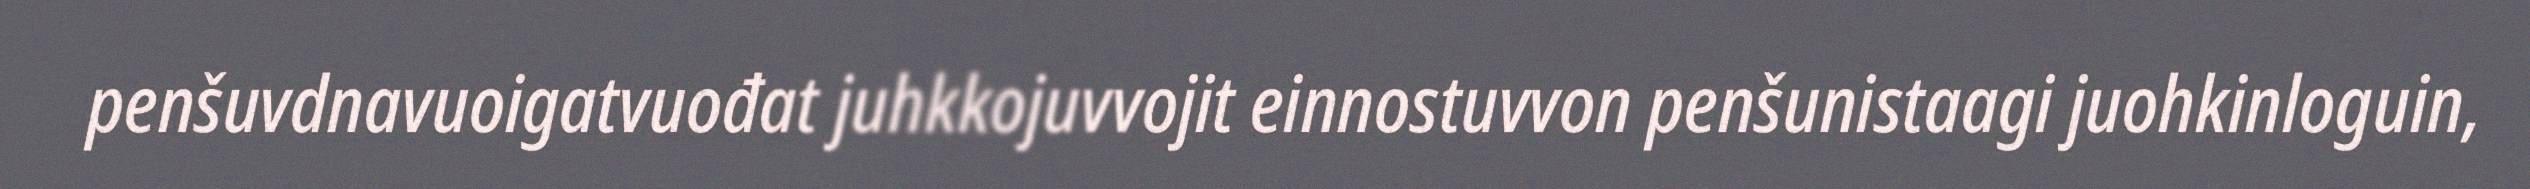
penšuvdnavuoigatvuođat juhkkojuvvojit einnostuvvon penšunistaagi juohkinloguin,